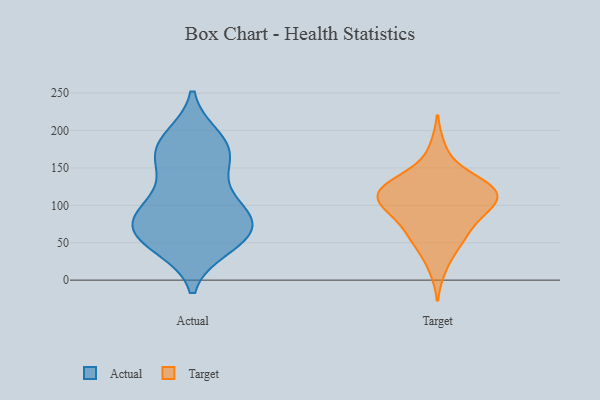
{"axis": {"x": "Conversion Rate (%)", "y": "Value"}, "legend": ["Actual", "Target"], "data": [{"x": "", "y": 50, "type": "Actual"}, {"x": "", "y": 75, "type": "Actual"}, {"x": "", "y": 59, "type": "Actual"}, {"x": "", "y": 82, "type": "Actual"}, {"x": "", "y": 113, "type": "Actual"}, {"x": "", "y": 90, "type": "Actual"}, {"x": "", "y": 144, "type": "Actual"}, {"x": "", "y": 173, "type": "Actual"}, {"x": "", "y": 98, "type": "Actual"}, {"x": "", "y": 187, "type": "Actual"}, {"x": "", "y": 80, "type": "Actual"}, {"x": "", "y": 45, "type": "Actual"}, {"x": "", "y": 168, "type": "Actual"}, {"x": "", "y": 52, "type": "Actual"}, {"x": "", "y": 165, "type": "Actual"}, {"x": "", "y": 190, "type": "Actual"}, {"x": "", "y": 69, "type": "Actual"}, {"x": "", "y": 52, "type": "Target"}, {"x": "", "y": 125, "type": "Target"}, {"x": "", "y": 17, "type": "Target"}, {"x": "", "y": 139, "type": "Target"}, {"x": "", "y": 63, "type": "Target"}, {"x": "", "y": 98, "type": "Target"}, {"x": "", "y": 49, "type": "Target"}, {"x": "", "y": 68, "type": "Target"}, {"x": "", "y": 122, "type": "Target"}, {"x": "", "y": 134, "type": "Target"}, {"x": "", "y": 98, "type": "Target"}, {"x": "", "y": 95, "type": "Target"}, {"x": "", "y": 111, "type": "Target"}, {"x": "", "y": 176, "type": "Target"}, {"x": "", "y": 117, "type": "Target"}, {"x": "", "y": 128, "type": "Target"}, {"x": "", "y": 88, "type": "Target"}, {"x": "", "y": 106, "type": "Target"}, {"x": "", "y": 114, "type": "Target"}]}